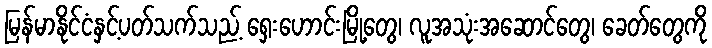
မြန်မာနိုင်ငံနှင့်ပတ်သက်သည့် ရှေးဟောင်းမြို့တွေ၊ လူအသုံးအဆောင်တွေ၊ ခေတ်တွေကို